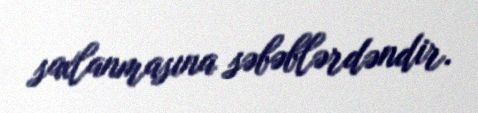
saxlanmasına səbəblərdəndir.